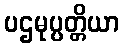
ပဌမုပ္ပတ္တိယာ